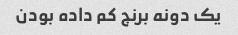
یک دونه برنج کم داده بودن